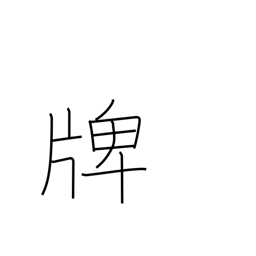
Meaning: medal